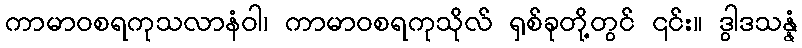
ကာမာဝစရကုသလာနံဝါ၊ ကာမာဝစရကုသိုလ် ရှစ်ခုတို့တွင် ၎င်း။ ဒွါဒသန္နံ